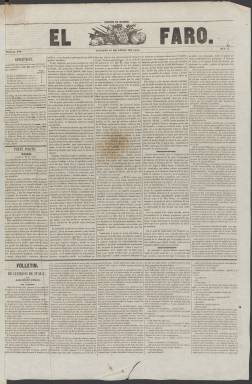
Título: El Faro (Madrid. 1847)
Colección: Periódicos
Ámbito geográfico: Madrid
Lugar de publicación: Madrid
Fechas: 16/04/1847-30/04/1848